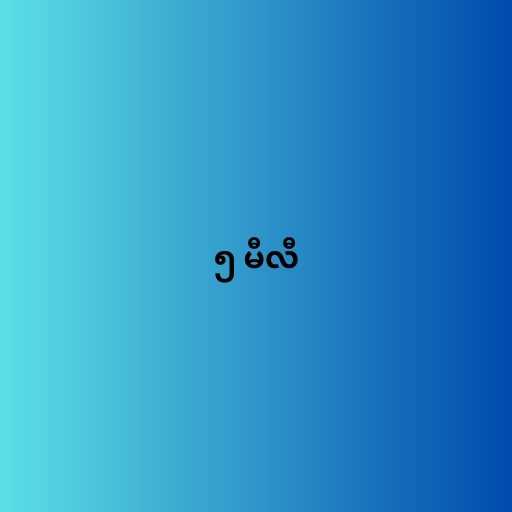
၅ မီလီ